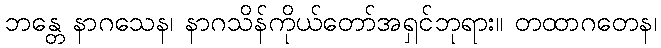
ဘန္တေ နာဂသေန၊ နာဂသိန်ကိုယ်တော်အရှင်ဘုရား။ တထာဂတေန၊